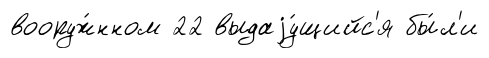
вооруж́нном 22 выдаjу́щийс'я бы́л'и